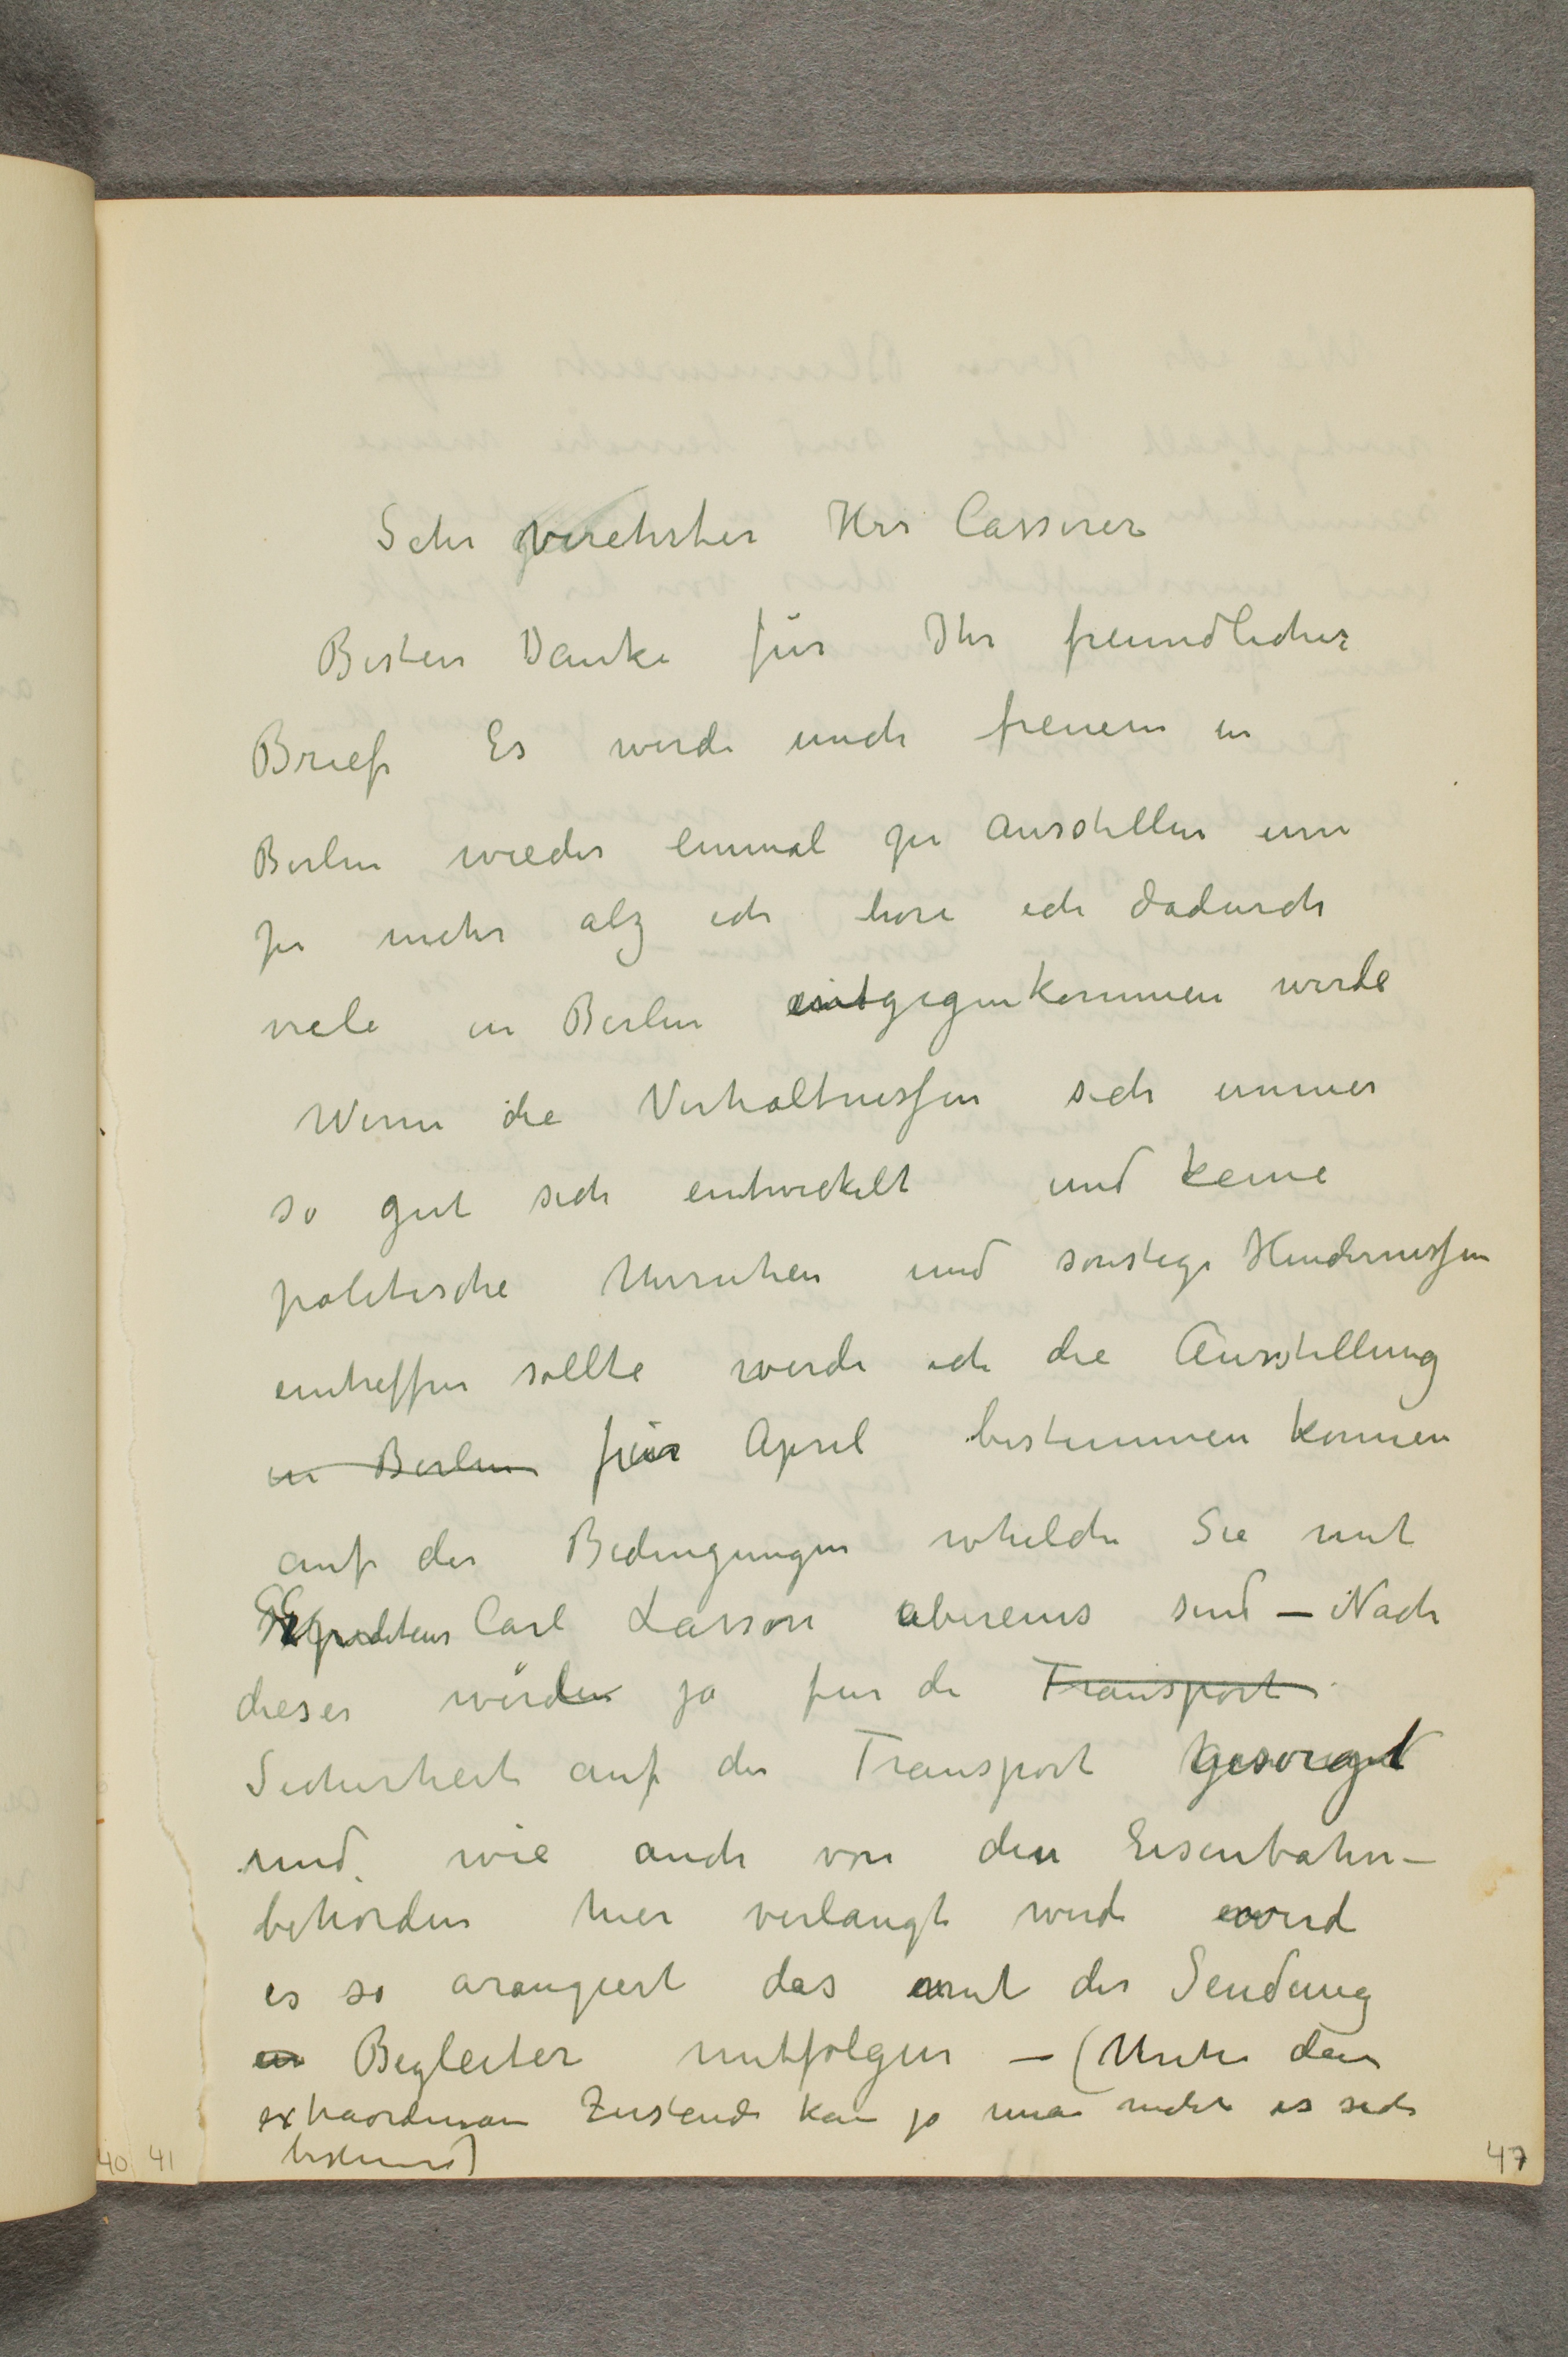
Sehr verehrter Hrr Cassirer
Besten Danke für Ihr freundlicher
Brief Es werde mich freuen in
Berlin wieder einmal zu Ausstellen um
so mehr alz ich hore ich dadurch
viele in Berlin entgegen kommen wurde
Wenn die Verhaltnissen sich immer
so gut sich entwickelt und keine
politische Unruhen und sonstige Hindernissen
eintreffen sollte werde ich die Ausstellung
in Berlin fur April bestimmen konnen
auf der Bedingungen whelche Sie mit
Spediteur Carl Lassen ubereins sind - Nach
dieses wird ja fur die Transport
Sicherheit auf der Transport gesorgt
und wie auch von den Eisenbahn-
behorden hier verlangt wird wird
es so arangiert das mit der Sendung
ein Begleiter mitfolgen - ( Unter den
extraordinaire Zustand kan ja man nicht es
bestimme)